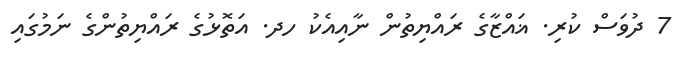
7 ދުވަސް ކުރި. ޣައްޒާގެ ރައްޔިތުން ނާއިއެކު ހދ. އަތޮޅުގެ ރައްޔިތުންގެ ނަމުގައި